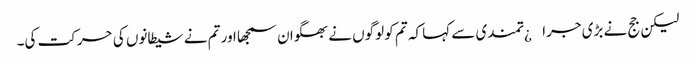
لیکن جج نے بڑی جرا¿تمندی سے کہا کہ تم کو لوگوں نے بھگوان سمجھا اور تم نے شیطانوں کی حرکت کی۔